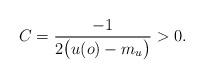
LaTeX: \begin{align*} C=\frac{-1}{2\bigl(u(o)-m_u\bigr)}>0. \end{align*}